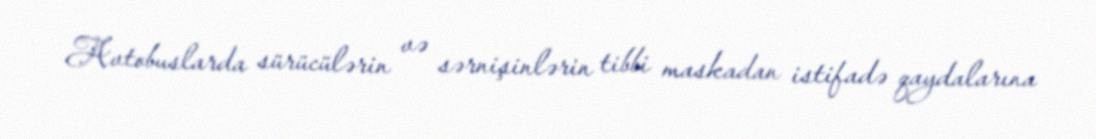
Avtobuslarda sürücülərin və sərnişinlərin tibbi maskadan istifadə qaydalarına